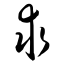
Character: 求